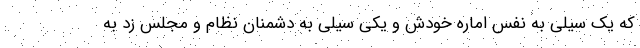
که یک سیلی به نفس اماره خودش و یکی سیلی به دشمنان نظام و مجلس زد به